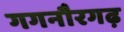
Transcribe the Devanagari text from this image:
गगनौरगढ़